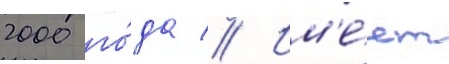
2000 го́да // Им'е́ет